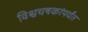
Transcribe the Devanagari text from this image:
विश्वचषकांपर्यंत